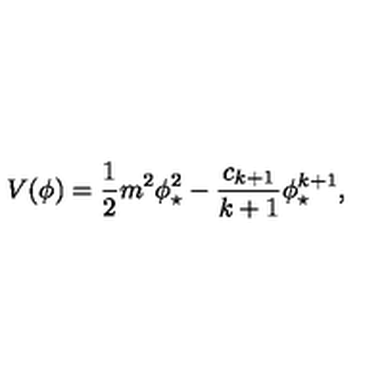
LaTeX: V ( \phi ) = \frac { 1 } { 2 } m ^ { 2 } \phi _ { \star } ^ { 2 } - \frac { c _ { k + 1 } } { k + 1 } \phi _ { \star } ^ { k + 1 } ,